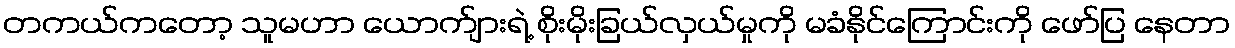
တကယ်ကတော့ သူမဟာ ယောက်ျားရဲ့ စိုးမိုးခြယ်လှယ်မှုကို မခံနိုင်ကြောင်းကို ဖော်ပြ နေတာ